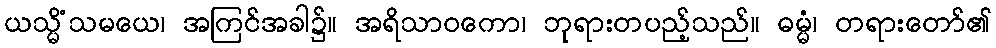
ယသ္မိံသမယေ၊ အကြင်အခါ၌။ အရိသာဝကော၊ ဘုရားတပည့်သည်။ ဓမ္မံ၊ တရားတော်၏